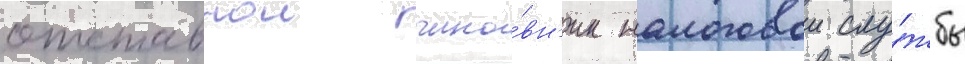
отставнои чино́вн'ик налоговои слу́жбы